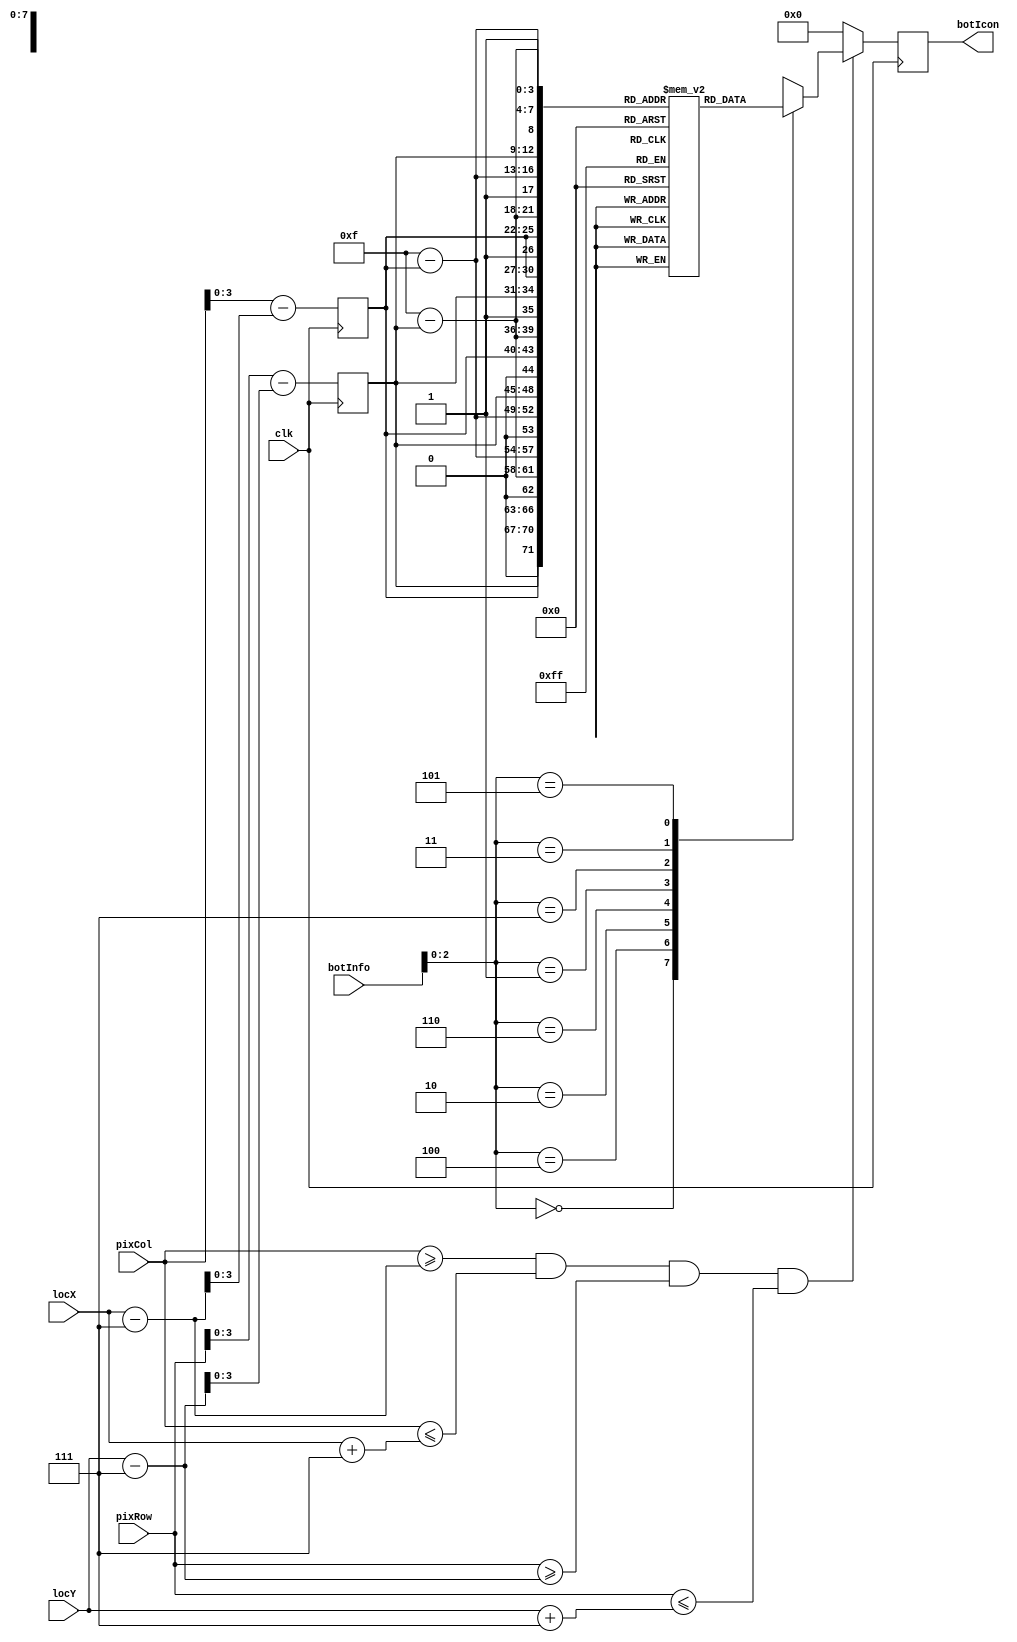
`timescale 1ns / 1ps
//////////////////////////////////////////////////////////////////////////////////
//
// ECE 540 Project 2: RojoBot World

// Name: Hai Dang Hoang
// Name: Brendan Ball
// ECE 540 
//////////////////////////////////////////////////////////////////////////////////
module icon (
  
  ///////////////////////////////////////////////////////////////////////////
  // Port Declarations
  ///////////////////////////////////////////////////////////////////////////
  input					clk,
  input			[9:0]	pixCol,			// Top side
  input			[9:0]	pixRow,         // Left side
  input			[9:0]	locX,			// x location
  input			[9:0]	locY,			// y location
  input			[7:0]	botInfo,        // Bot information for direction
  output	reg	[11:0]	botIcon			// 12-bit rgb color
);

parameter 

  ///////////////////////////////////////////////////////////////////////////
  // Parameter for tank color
  ///////////////////////////////////////////////////////////////////////////
   TR      = 12'h000,       //Transparent pixel
   BL      = 12'h008,       // Blue pixel
   YE      = 12'hFC4,       // Yellow
   RE      = 12'h800;      // RED

  ///////////////////////////////////////////////////////////////////////////
  // Parameter for direction
  ///////////////////////////////////////////////////////////////////////////
  localparam N  = 3'b000;				// Encoding for Compass heading
  localparam S  = 3'b100;				// N-S-E-W-NE-SW-SE-NW
  localparam E  = 3'b010;
  localparam W  = 3'b110;
  localparam NE = 3'b001;
  localparam SW = 3'b101;
  localparam SE = 3'b011;
  localparam NW = 3'b111;

  
  ///////////////////////////////////////////////////////////////////////////
  // Internal Signals
  ///////////////////////////////////////////////////////////////////////////
  reg	[3:0]	iconBit_X, iconBit_Y;	// index into icon pixelmap 
  wire	[9:0]	iconLeft;					// Bounds of the icon 
  wire	[9:0]	iconRight;
  wire	[9:0]	iconTop;
  wire	[9:0]	iconBottom;
  
  wire	[11:0]	pixelColor;					// Color out from ROM

  reg [11:0] icon_array[512:0];             // Array for icon
  
  // These are the icon index transforms that need done in order to use
  // 2 Icons for the eight ordinal directions in which the bot can be headed
  wire	[8:0]	x_Direction_N  = {1'b0, 		iconBit_Y,		iconBit_X }; 
  wire	[8:0]	x_Direction_S  = {1'b0, 4'd15-	iconBit_Y, 4'd15-	iconBit_X }; 
  wire	[8:0]	x_Direction_E  = {1'b0, 4'd15-	iconBit_X, 		iconBit_Y }; 
  wire	[8:0]	x_Direction_W  = {1'b0, 		iconBit_X, 4'd15-	iconBit_Y }; 
  wire	[8:0]	x_Direction_NE = {1'b1, 		iconBit_Y, 		iconBit_X };
  wire	[8:0]	x_Direction_SW = {1'b1, 4'd15-	iconBit_Y, 4'd15-	iconBit_X };
  wire	[8:0]	x_Direction_SE = {1'b1, 4'd15-	iconBit_X, 		iconBit_Y };
  wire	[8:0]	x_Direction_NW = {1'b1, 		iconBit_X, 4'd15-	iconBit_Y };
  
  
  
  ///////////////////////////////////////////////////////////////////////////
  // Global Assigns ( ICON Location Index)
  /////////////////////////////////////////////////////////////////////////// 
  assign iconLeft = locX-12'd7;
  assign iconRight  = locX + 12'd7;
  assign iconBottom = locY+12'd7;
  assign iconTop = locY-12'd7;
  

  
  // Set index into icon
  always @ (posedge clk) begin
	iconBit_X <= pixCol[3:0] - iconLeft[3:0];
	iconBit_Y <= pixRow[3:0] -  iconTop[3:0];
  end
  
 
  // Decide when to paint the botIcon
  // If the cathode ray gun overlaps the adjusted bot location,
  // paint the icon, otherwise paint "00" (transparency)

  always @ (posedge clk) begin
	if (pixCol >= iconLeft && pixCol <= iconRight &&
		pixRow >= iconTop  && pixRow <= iconBottom) begin
		
		case (botInfo[2:0])
			N :	botIcon <= icon_array[x_Direction_N];
			S :	botIcon <= icon_array[x_Direction_S];
			E :	botIcon <= icon_array[x_Direction_E];
			W :	botIcon <= icon_array[x_Direction_W];
			NE:	botIcon <= icon_array[x_Direction_NE];
			NW:	botIcon <= icon_array[x_Direction_NW];
			SE:	botIcon <= icon_array[x_Direction_SE];
			SW:	botIcon <= icon_array[x_Direction_SW];
			default: botIcon <= 12'b0;
		endcase	
	end
	else begin
		botIcon    <= 12'b0;				// transparent 
	end
  end
	  
  initial begin
     /**********************************************
    *****  Template file for the image array
    ***********************************************/
    icon_array[0]=TR;     //tank icon angle  90 
    icon_array[1]=TR;
    icon_array[2]=TR ;
    icon_array[3]=TR ;
    icon_array[4]=TR ;
    icon_array[5]=TR ;
    icon_array[6]=BL ;
    icon_array[7]=BL ;
    icon_array[8]=BL ;
    icon_array[9]=BL ;
    icon_array[10]=TR ;
    icon_array[11]=TR ;
    icon_array[12]=TR ;
    icon_array[13]=TR ;
    icon_array[14]=TR ;
    icon_array[15]=TR ;   //updated
    icon_array[16]=TR; // 1st pixel Row 1
    icon_array[17]=TR ;
    icon_array[18]=TR ;
    icon_array[19]=TR ;
    icon_array[20]=TR ;
    icon_array[21]=TR ;
    icon_array[22]=BL ;
    icon_array[23]=RE ;
    icon_array[24]=RE ;
    icon_array[25]=BL ;
    icon_array[26]=TR ;
    icon_array[27]=TR ;
    icon_array[28]=TR ;
    icon_array[29]=TR ;
    icon_array[30]=TR ;
    icon_array[31]=TR ;  //updated
    icon_array[32]=TR ;
    icon_array[33]=TR ;
    icon_array[34]=TR ;
    icon_array[35]=TR ;
    icon_array[36]=TR ;
    icon_array[37]=TR ;
    icon_array[38]=BL ;
    icon_array[39]=RE ;
    icon_array[40]=RE ;
    icon_array[41]=BL ;
    icon_array[42]=TR ;
    icon_array[43]=TR ;
    icon_array[44]=TR ;
    icon_array[45]=TR ;
    icon_array[46]=TR ;
    icon_array[47]=TR ;   //updated
    icon_array[48]=BL ;
    icon_array[49]=BL ;
    icon_array[50]=BL ;
    icon_array[51]=BL ;
    icon_array[52]=BL ;
    icon_array[53]=BL ;
    icon_array[54]=BL ;
    icon_array[55]=RE ;
    icon_array[56]=RE ;
    icon_array[57]=BL ;
    icon_array[58]=BL ;
    icon_array[59]=BL ;
    icon_array[60]=BL ;
    icon_array[61]=BL ;
    icon_array[62]=BL ;
    icon_array[63]=TR ;   //updated
    icon_array[64]=BL ;
    icon_array[65]=RE ;
    icon_array[66]=RE ;
    icon_array[67]=RE ;
    icon_array[68]=RE ;
    icon_array[69]=RE ;
    icon_array[70]=BL ;
    icon_array[71]=RE ;
    icon_array[72]=RE ;
    icon_array[73]=BL ;
    icon_array[74]=RE ;
    icon_array[75]=RE ;
    icon_array[76]=RE ;
    icon_array[77]=RE ;
    icon_array[78]=RE ;
    icon_array[79]=BL ;
    icon_array[80]=BL ;
    icon_array[81]=RE ;
    icon_array[82]=BL ;
    icon_array[83]=BL ;
    icon_array[84]=BL ;
    icon_array[85]=BL ;
    icon_array[86]=BL ;
    icon_array[87]=RE ;
    icon_array[88]=RE ;
    icon_array[89]=BL ;
    icon_array[90]=BL ;
    icon_array[91]=BL ;
    icon_array[92]=BL ;
    icon_array[93]=BL ;
    icon_array[94]=RE ;
    icon_array[95]=BL ;
    icon_array[96]=BL ;
    icon_array[97]=RE ;
    icon_array[98]=BL ;
    icon_array[99]=RE ;
    icon_array[100]=RE ;
    icon_array[101]=RE ;
    icon_array[102]=BL ;
    icon_array[103]=RE ;
    icon_array[104]=RE ;
    icon_array[105]=BL ;
    icon_array[106]=RE ;
    icon_array[107]=RE ;
    icon_array[108]=RE ;
    icon_array[109]=BL ;
    icon_array[110]=RE ;
    icon_array[111]=BL ;
    icon_array[112]=BL;
    icon_array[113]=RE ;
    icon_array[114]=BL ;
    icon_array[115]=RE ;
    icon_array[116]=RE ;
    icon_array[117]=RE ;
    icon_array[118]=BL ;
    icon_array[119]=BL ;
    icon_array[120]=BL ;
    icon_array[121]=BL ;
    icon_array[122]=RE ;
    icon_array[123]=RE ;
    icon_array[124]=RE ;
    icon_array[125]=BL ;
    icon_array[126]=RE ;
    icon_array[127]=BL ;
    icon_array[128]=BL ;
    icon_array[129]=RE ;
    icon_array[130]=BL ;
    icon_array[131]=RE ;
    icon_array[132]=RE ;
    icon_array[133]=RE ;
    icon_array[134]=RE ;
    icon_array[135]=RE ;
    icon_array[136]=RE ;
    icon_array[137]=RE ;
    icon_array[138]=RE ;
    icon_array[139]=RE ;
    icon_array[140]=RE ;
    icon_array[141]=BL ;
    icon_array[142]=RE ;
    icon_array[143]=BL ;
    icon_array[144]=BL ;
    icon_array[145]=RE ;
    icon_array[146]=BL ;
    icon_array[147]=RE ;
    icon_array[148]=RE ;
    icon_array[149]=RE ;
    icon_array[150]=RE ;
    icon_array[151]=RE ;
    icon_array[152]=RE ;
    icon_array[153]=RE ;
    icon_array[154]=RE ;
    icon_array[155]=RE ;
    icon_array[156]=RE ;
    icon_array[157]=BL ;
    icon_array[158]=RE ;
    icon_array[159]=BL ;
    icon_array[160]=BL ;   //row 10
    icon_array[161]=RE ;
    icon_array[162]=BL ;
    icon_array[163]=RE ;
    icon_array[164]=RE ;
    icon_array[165]=RE ;
    icon_array[166]=BL ;
    icon_array[167]=BL ;
    icon_array[168]=BL ;
    icon_array[169]=BL ;
    icon_array[170]=RE ;
    icon_array[171]=RE ;
    icon_array[172]=RE ;
    icon_array[173]=BL ;
    icon_array[174]=RE ;
    icon_array[175]=BL ;
    icon_array[176]=BL ;   //row 11
    icon_array[177]=RE ;
    icon_array[178]=BL ;
    icon_array[179]=RE ;
    icon_array[180]=RE ;
    icon_array[181]=RE ;
    icon_array[182]=BL ;
    icon_array[183]=RE ;
    icon_array[184]=RE ;
    icon_array[185]=BL ;
    icon_array[186]=RE ;
    icon_array[187]=RE ;
    icon_array[188]=RE ;
    icon_array[189]=BL ;
    icon_array[190]=RE ;
    icon_array[191]=BL ;
    icon_array[192]=BL ;        // row 12
    icon_array[193]=RE ;
    icon_array[194]=BL ;
    icon_array[195]=BL ;
    icon_array[196]=BL ;
    icon_array[197]=BL ;
    icon_array[198]=BL ;
    icon_array[199]=RE ;
    icon_array[200]=RE ;
    icon_array[201]=BL ;
    icon_array[202]=BL ;
    icon_array[203]=BL ;
    icon_array[204]=BL ;
    icon_array[205]=BL ;
    icon_array[206]=RE ;
    icon_array[207]=BL ;
    icon_array[208]=BL ;
    icon_array[209]=RE ;
    icon_array[210]=RE ;
    icon_array[211]=RE ;
    icon_array[212]=RE ;
    icon_array[213]=RE ;
    icon_array[214]=RE ;
    icon_array[215]=RE ;
    icon_array[216]=RE ;
    icon_array[217]=RE ;
    icon_array[218]=RE ;
    icon_array[219]=RE ;
    icon_array[220]=RE ;
    icon_array[221]=RE ;
    icon_array[222]=RE ;
    icon_array[223]=BL ;
    icon_array[224]=BL ;
    icon_array[225]=RE ;
    icon_array[226]=RE ;
    icon_array[227]=RE ;
    icon_array[228]=RE ;
    icon_array[229]=RE ;
    icon_array[230]=RE ;
    icon_array[231]=RE ;
    icon_array[232]=RE ;
    icon_array[233]=RE ;
    icon_array[234]=RE ;
    icon_array[235]=RE ;
    icon_array[236]=RE ;
    icon_array[237]=RE ;
    icon_array[238]=RE ;
    icon_array[239]=BL ;
    icon_array[240]=BL ;
    icon_array[241]=BL ;
    icon_array[242]=BL ;
    icon_array[243]=BL ;
    icon_array[244]=BL ;
    icon_array[245]=BL ;
    icon_array[246]=BL ;
    icon_array[247]=BL ;
    icon_array[248]=BL ;
    icon_array[249]=BL ;
    icon_array[250]=BL ;
    icon_array[251]=BL ;
    icon_array[251]=BL ;
    icon_array[253]=BL ;
    icon_array[254]=BL ;
    icon_array[255]=BL;

/// 45 Degree
   icon_array[271]=TR ;
   icon_array[270]=BL ;
   icon_array[269]=TR ;
   icon_array[268]=TR ;
   icon_array[267]=TR ;
   icon_array[266]=TR ;
   icon_array[265]=TR ;
   icon_array[264]=TR ;
   icon_array[263]=TR ;
   icon_array[262]=TR ;
   icon_array[261]=TR ;
   icon_array[260]=TR ;
   icon_array[259]=TR ;
   icon_array[258]=TR ;
   icon_array[257]=TR ;
   icon_array[256]=TR ;
   
   icon_array[287]=BL ;
   icon_array[286]=RE ;
   icon_array[285]=BL ;
   icon_array[284]=TR ;
   icon_array[283]=TR ;
   icon_array[282]=TR ;
   icon_array[281]=TR ;
   icon_array[280]=BL ;
   icon_array[279]=BL ;
   icon_array[278]=TR ;
   icon_array[277]=TR ;
   icon_array[276]=TR ;
   icon_array[275]=TR ;
   icon_array[274]=TR ;
   icon_array[273]=TR ;
   icon_array[272]=TR ;
   
   icon_array[303]=TR ;
   icon_array[302]=BL ;
   icon_array[301]=RE ;
   icon_array[300]=BL ;
   icon_array[299]=TR ;
   icon_array[298]=TR ;
   icon_array[297]=BL ;
   icon_array[296]=RE ;
   icon_array[295]=RE ;
   icon_array[294]=BL ;
   icon_array[293]=TR ;
   icon_array[292]=TR ;
   icon_array[291]=TR ;
   icon_array[290]=TR ;
   icon_array[289]=TR ;
   icon_array[288]=TR ;
   
   icon_array[319]=BL ;     //row 3
   icon_array[318]=BL ;
   icon_array[317]=BL ;
   icon_array[316]=RE ;
   icon_array[315]=BL ;
   icon_array[314]=BL ;
   icon_array[313]=RE ;
   icon_array[312]=RE ;
   icon_array[311]=RE ;
   icon_array[310]=RE ;
   icon_array[309]=BL ;
   icon_array[308]=BL ;
   icon_array[307]=BL ;
   icon_array[306]=BL ;
   icon_array[305]=BL ;
   icon_array[304]=TR ;    // updated
   
   icon_array[335]=BL ;     //row 4
   icon_array[334]=RE ;
   icon_array[333]=RE ;
   icon_array[332]=BL ;
   icon_array[331]=RE ;
   icon_array[330]=BL ;
   icon_array[329]=RE ;
   icon_array[328]=RE ;
   icon_array[327]=RE ;
   icon_array[326]=RE ;
   icon_array[325]=RE ;
   icon_array[324]=BL ;
   icon_array[323]=RE ;
   icon_array[322]=RE ;
   icon_array[321]=RE ;
   icon_array[320]=BL ;
   
   icon_array[350]=BL ;        //row 5
   icon_array[349]=RE ;
   icon_array[348]=RE ;
   icon_array[347]=BL ;
   icon_array[346]=BL ;
   icon_array[345]=RE ;
   icon_array[344]=BL ;
   icon_array[343]=RE ;
   icon_array[342]=RE ;
   icon_array[341]=RE ;
   icon_array[340]=RE ;
   icon_array[339]=RE ;
   icon_array[338]=BL ;
   icon_array[337]=RE ;
   icon_array[336]=RE ;
   icon_array[335]=BL ;
   
   icon_array[366]=BL ;     //row 6
   icon_array[365]=RE ;
   icon_array[364]=BL ;
   icon_array[363]=RE ;
   icon_array[362]=RE ;
   icon_array[361]=BL ;
   icon_array[360]=RE ;
   icon_array[359]=BL ;
   icon_array[358]=BL ;
   icon_array[357]=RE ;
   icon_array[356]=RE ;
   icon_array[355]=RE ;
   icon_array[354]=RE ;
   icon_array[353]=BL ;
   icon_array[352]=RE ;
   icon_array[351]=BL ;
   
   icon_array[382]=BL ;      //row 7
   icon_array[381]=BL ;
   icon_array[380]=RE ;
   icon_array[379]=RE ;
   icon_array[378]=RE ;
   icon_array[377]=RE ;
   icon_array[376]=BL ;
   icon_array[375]=RE ;
   icon_array[374]=RE ;
   icon_array[373]=RE ;
   icon_array[372]=RE ;
   icon_array[371]=RE ;
   icon_array[370]=BL ;
   icon_array[369]=RE ;
   icon_array[368]=RE ;
   icon_array[367]=BL ;
   
   icon_array[398]=BL ;       //row 8
   icon_array[397]=BL ;
   icon_array[396]=RE ;
   icon_array[395]=RE ;
   icon_array[394]=RE ;
   icon_array[393]=RE ;
   icon_array[392]=BL ;
   icon_array[391]=RE ;
   icon_array[390]=RE ;
   icon_array[389]=BL ;
   icon_array[388]=BL ;
   icon_array[387]=BL ;
   icon_array[386]=RE ;
   icon_array[385]=RE ;
   icon_array[384]=RE ;
   icon_array[383]=BL ;
   
   icon_array[414]=BL ;             //row 9
   icon_array[413]=RE ;
   icon_array[412]=BL ;
   icon_array[411]=RE ;
   icon_array[410]=RE ;
   icon_array[409]=RE ;
   icon_array[408]=RE ;
   icon_array[407]=RE ;
   icon_array[406]=BL ;
   icon_array[405]=RE ;
   icon_array[404]=RE ;
   icon_array[403]=RE ;
   icon_array[402]=RE ;
   icon_array[401]=RE ;
   icon_array[400]=RE ;
   icon_array[399]=BL ;
   
   icon_array[430]=BL ;    //row 10
   icon_array[429]=RE ;
   icon_array[428]=RE ;
   icon_array[427]=BL ;
   icon_array[426]=RE ;
   icon_array[425]=RE ;
   icon_array[424]=RE ;
   icon_array[423]=RE ;
   icon_array[422]=BL ;
   icon_array[421]=RE ;
   icon_array[420]=RE ;
   icon_array[419]=RE ;
   icon_array[418]=RE ;
   icon_array[417]=RE ;
   icon_array[416]=RE ;
   icon_array[415]=BL ;
   
   icon_array[446]=BL ;     //row 11
   icon_array[445]=RE ;
   icon_array[444]=RE ;
   icon_array[443]=RE ;
   icon_array[442]=BL ;
   icon_array[441]=RE ;
   icon_array[440]=RE ;
   icon_array[439]=RE ;
   icon_array[438]=BL ;
   icon_array[437]=RE ;
   icon_array[436]=RE ;
   icon_array[435]=RE ;
   icon_array[434]=RE ;
   icon_array[433]=RE ;
   icon_array[432]=RE ;
   icon_array[431]=BL ;
   
   icon_array[462]=BL ;     //row 12
   icon_array[461]=RE ;
   icon_array[460]=RE ;
   icon_array[459]=RE ;
   icon_array[458]=RE ;
   icon_array[457]=BL ;
   icon_array[456]=RE ;
   icon_array[455]=BL ;
   icon_array[454]=RE ;
   icon_array[453]=RE ;
   icon_array[452]=RE ;
   icon_array[451]=RE ;
   icon_array[450]=RE ;
   icon_array[449]=RE ;
   icon_array[448]=RE ;
   icon_array[447]= BL;
   
   icon_array[478]=BL ;       //row 13
   icon_array[477]=RE ;
   icon_array[476]=RE ;
   icon_array[475]=RE ;
   icon_array[474]=RE ;
   icon_array[473]=RE ;
   icon_array[472]=BL ;
   icon_array[471]=RE ;
   icon_array[470]=RE ;
   icon_array[469]=RE ;
   icon_array[468]=RE ;
   icon_array[467]=RE ;
   icon_array[466]=RE ;
   icon_array[465]=RE ;
   icon_array[464]=RE ;
   icon_array[463]=BL ;
   
   icon_array[494]=BL ;        //row 14
   icon_array[493]=RE ;
   icon_array[492]=RE ;
   icon_array[491]=RE ;
   icon_array[490]=RE ;
   icon_array[489]=RE ;
   icon_array[488]=RE ;
   icon_array[487]=RE ;
   icon_array[486]=RE ;
   icon_array[485]=RE ;
   icon_array[484]=RE ;
   icon_array[483]=RE ;
   icon_array[482]=RE ;
   icon_array[481]=RE ;
   icon_array[480]=RE ;
   icon_array[479]=BL ;
   
   icon_array[510]=BL ;       //row 15
   icon_array[509]=BL ;
   icon_array[508]=BL ;
   icon_array[507]=BL ;
   icon_array[506]=BL ;
   icon_array[505]=BL ;
   icon_array[504]=BL ;
   icon_array[503]=BL ;
   icon_array[502]=BL ;
   icon_array[501]=BL ;
   icon_array[500]=BL ;
   icon_array[499]=BL ;
   icon_array[498]=BL ;
   icon_array[497]=BL ;
   icon_array[496]=BL ;
   icon_array[495]=BL ;     //updated

/**********************************************
*****  End of array template
***********************************************/
end
endmodule